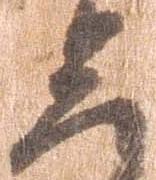
三